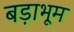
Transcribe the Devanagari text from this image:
बड़ाभूम